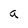
Character: a